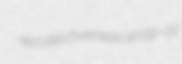
recollectiveness strap-oil